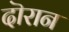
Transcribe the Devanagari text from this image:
दॊरान